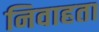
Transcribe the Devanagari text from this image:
निवाहता